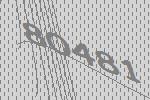
80481